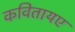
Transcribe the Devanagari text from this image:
कवितायए